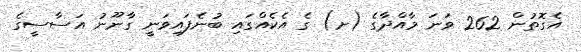
އެގޮތުން 262 ވަނަ މާއްދާގެ (ށ) ގެ އެކެއްގައި ބުނެފައިވަނީ ގާނޫނު އަސާސީގެ